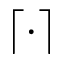
\lceil \cdot \rceil